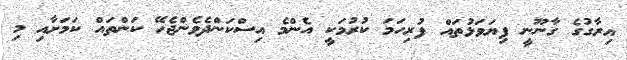
އިރާގުގެ ގާނޫނީ ފިޔަވަޅުތައް ފުރިހަމަ ކުރުމަކީ އެންމެ އިސްކަންދެވެންޖެހޭ ކަންތައް ކަމަށާއި މި